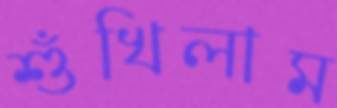
শুঁখিলাম